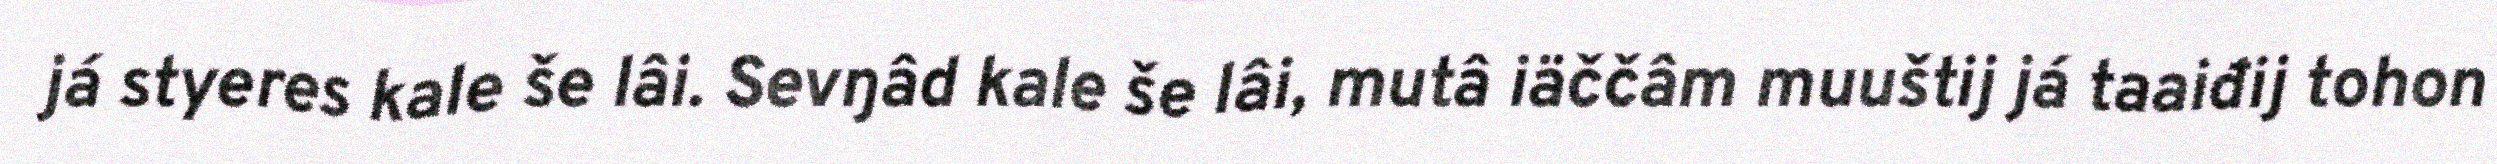
já styeres kale še lâi. Sevŋâd kale še lâi, mutâ iäččâm muuštij já taaiđij tohon